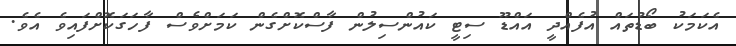
އެކަމަކު ބޯޑުތައް އުފެއްދީ އައްޑޫ ސިޓީ ކައުންސިލުން ފާސްކޮށްގެން ކަމަށްވެސް ފާހަގަކޮށްފައިވެ އެވެ.